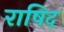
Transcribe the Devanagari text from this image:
राषिद